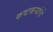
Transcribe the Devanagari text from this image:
कष्टकर्‍यांचे